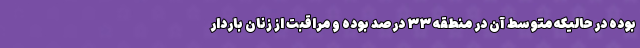
بوده در حالیکه متوسط آن در منطقه ۳۳ درصد بوده و مراقبت از زنان باردار